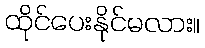
ထိုင်ပေးနိုင်မလား။